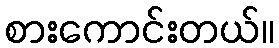
စားကောင်းတယ်။